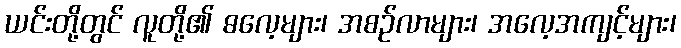
ယင်းတို့တွင် လူတို့၏ ဓလေ့များ၊ အစဉ်လာများ၊ အလေ့အကျင့်များ၊